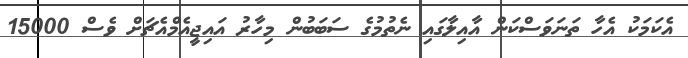
އެކަމަކު އެހާ ތަނަވަސްކަން އާއިލާގައި ނެތުމުގެ ސަބަބުން މިހާރު އައިޖީއެމްއެޗަށް ވެސް 15000